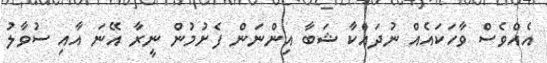
އެއްވެސް ވާހަކައެއް ނުދައްކާ ޝަބާ އިންނަން ފެށުމުން ނީރާ އޭނަ އާއި ސުވާލު